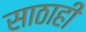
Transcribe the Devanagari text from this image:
साठाही